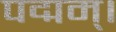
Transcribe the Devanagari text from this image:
पद्मम्।